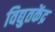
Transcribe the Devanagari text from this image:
विद्युतकेंद्र